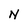
Character: N